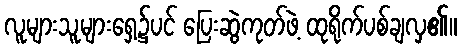
လူများသူများရှေ့၌ပင် ပြေးဆွဲကုတ်ဖဲ့ ထုရိုက်ပစ်ချလှ၏။